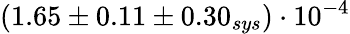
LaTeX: (1.65\pm 0.11\pm 0.30_{sys})\cdot 10^{-4}